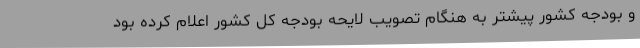
و بودجه کشور پیشتر به هنگام تصویب لایحه بودجه کل کشور اعلام کرده بود